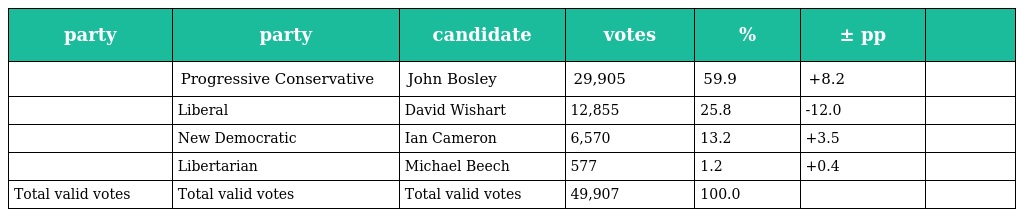
| party | party | candidate | votes | % | ± pp |  |
 | --- | --- | --- | --- | --- | --- | --- |
 |  | Progressive Conservative | John Bosley | 29,905 | 59.9 | +8.2 |  |
 |  | Liberal | David Wishart | 12,855 | 25.8 | -12.0 |  |
 |  | New Democratic | Ian Cameron | 6,570 | 13.2 | +3.5 |  |
 |  | Libertarian | Michael Beech | 577 | 1.2 | +0.4 |  |
 | Total valid votes | Total valid votes | Total valid votes | 49,907 | 100.0 |  |  |